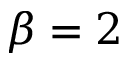
\beta = 2